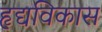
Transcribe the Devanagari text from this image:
हृद्यविकास